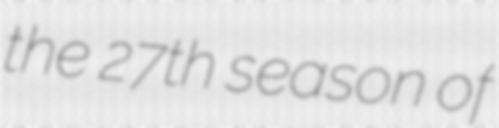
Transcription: the 27th season of